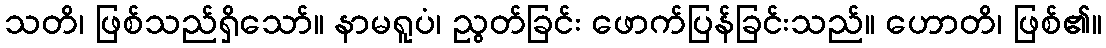
သတိ၊ ဖြစ်သည်ရှိသော်။ နာမရူပံ၊ ညွတ်ခြင်း ဖောက်ပြန်ခြင်းသည်။ ဟောတိ၊ ဖြစ်၏။